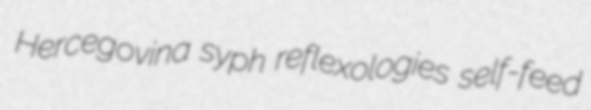
Hercegovina syph reflexologies self-feed